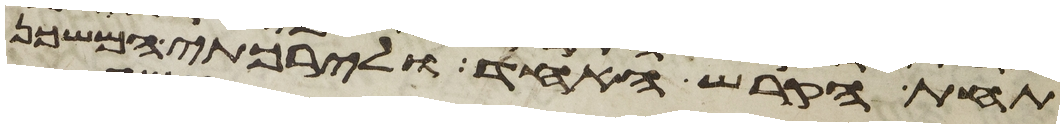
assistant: תחת הקרש האחד ולירכתי המשכן